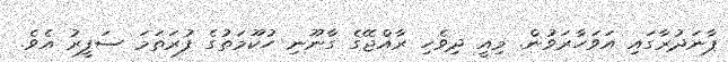
ޕާނަދުރާގައި އަވަހާރަވުން. މިއީ ދިވެހި ރާއްޖޭގެ ގާނޫނި ހުކޫމަތުގެ ފުރަތަމަ ސަފީރު އެވެ.